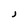
Character: J